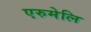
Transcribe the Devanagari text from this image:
एरुमेलि